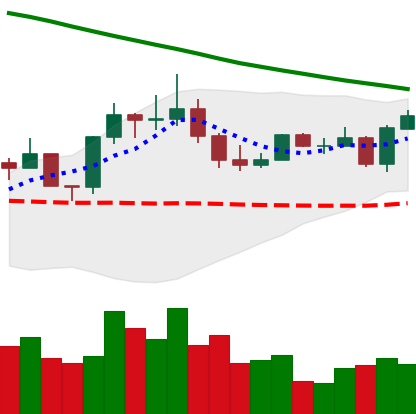
Ticker: EOS-USD
Chart end date: 2022-08-11
Forward return: 4.509%
Label: up_3_5